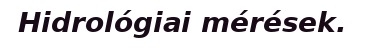
Hidrológiai mérések.